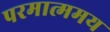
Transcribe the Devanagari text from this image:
परमात्ममय